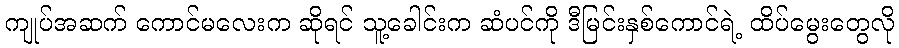
ကျုပ်အဆက် ကောင်မလေးက ဆိုရင် သူ့ခေါင်းက ဆံပင်ကို ဒီမြင်းနှစ်ကောင်ရဲ့ ထိပ်မွေးတွေလို